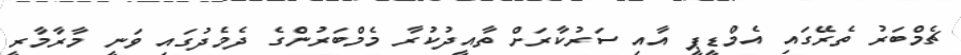
ޗެމްބަރު ތެރޭގައި އެމްޑީޕީ އާއި ސަރުކާރަށް ތާއީދުކުރާ މެމްބަރުންގެ ދެމެދުގައި ވަނީ މާރާމާރީ